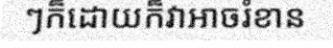
ៗក៏ដោយក៏វាអាចរំខាន